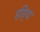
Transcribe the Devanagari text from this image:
हडि्यां